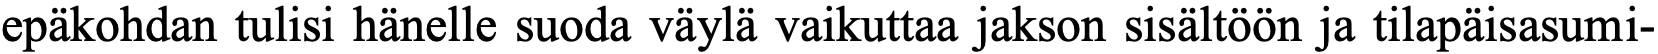
epäkohdan tulisi hänelle suoda väylä vaikuttaa jakson sisältöön ja tilapäisasumi-